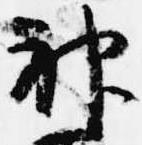
神